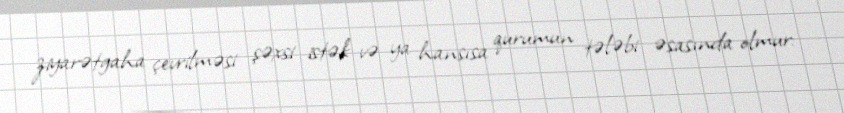
ziyarətgaha çevrilməsi şəxsi istək və ya hansısa qurumun tələbi əsasında olmur: